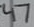
Text: 47